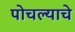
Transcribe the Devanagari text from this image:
पोचल्याचे